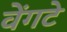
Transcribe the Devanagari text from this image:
वेंगटे